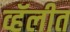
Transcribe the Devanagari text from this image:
व्हॅलीत